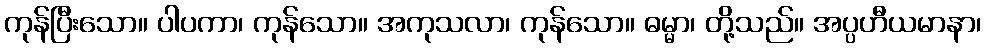
ကုန်ပြီးသော။ ပါပကာ၊ ကုန်သော။ အကုသလာ၊ ကုန်သော။ ဓမ္မာ၊ တို့သည်။ အပ္ပဟီယမာနာ၊